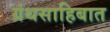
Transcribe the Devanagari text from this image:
ग्रंथसाहिबात